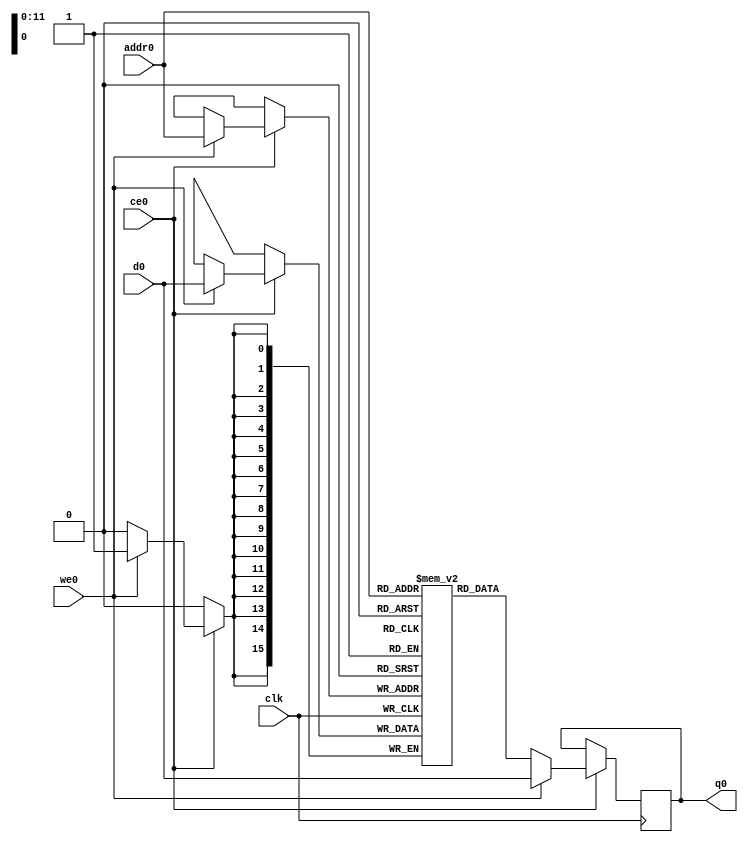
// ==============================================================
// File generated by Vivado(TM) HLS - High-Level Synthesis from C, C++ and SystemC
// Version: 2017.4
// Copyright (C) 1986-2017 Xilinx, Inc. All Rights Reserved.
// 
// ==============================================================

`timescale 1 ns / 1 ps
module line_buffer_15_bubkb_ram (addr0, ce0, d0, we0, q0,  clk);

parameter DWIDTH = 16;
parameter AWIDTH = 12;
parameter MEM_SIZE = 2688;

input[AWIDTH-1:0] addr0;
input ce0;
input[DWIDTH-1:0] d0;
input we0;
output reg[DWIDTH-1:0] q0;
input clk;

(* ram_style = "block" *)reg [DWIDTH-1:0] ram[0:MEM_SIZE-1];




always @(posedge clk)  
begin 
    if (ce0) 
    begin
        if (we0) 
        begin 
            ram[addr0] <= d0; 
            q0 <= d0;
        end 
        else 
            q0 <= ram[addr0];
    end
end


endmodule


`timescale 1 ns / 1 ps
module line_buffer_15_bubkb(
    reset,
    clk,
    address0,
    ce0,
    we0,
    d0,
    q0);

parameter DataWidth = 32'd16;
parameter AddressRange = 32'd2688;
parameter AddressWidth = 32'd12;
input reset;
input clk;
input[AddressWidth - 1:0] address0;
input ce0;
input we0;
input[DataWidth - 1:0] d0;
output[DataWidth - 1:0] q0;



line_buffer_15_bubkb_ram line_buffer_15_bubkb_ram_U(
    .clk( clk ),
    .addr0( address0 ),
    .ce0( ce0 ),
    .d0( d0 ),
    .we0( we0 ),
    .q0( q0 ));

endmodule